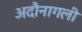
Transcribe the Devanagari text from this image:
अदौनागली